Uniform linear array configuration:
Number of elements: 16
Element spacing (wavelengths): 0.5
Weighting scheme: hann
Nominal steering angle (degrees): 45
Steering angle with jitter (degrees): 43.941
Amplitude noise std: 0.05
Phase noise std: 0.05

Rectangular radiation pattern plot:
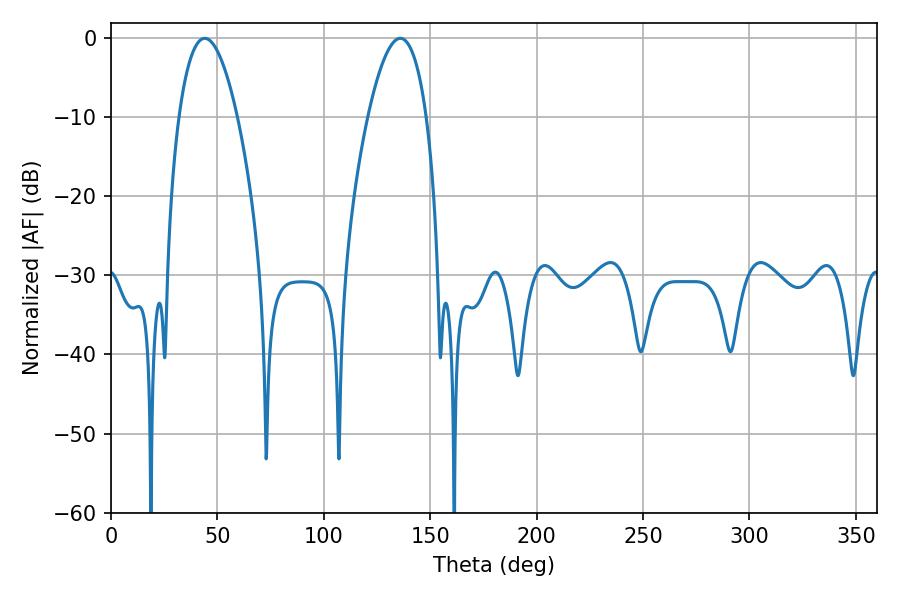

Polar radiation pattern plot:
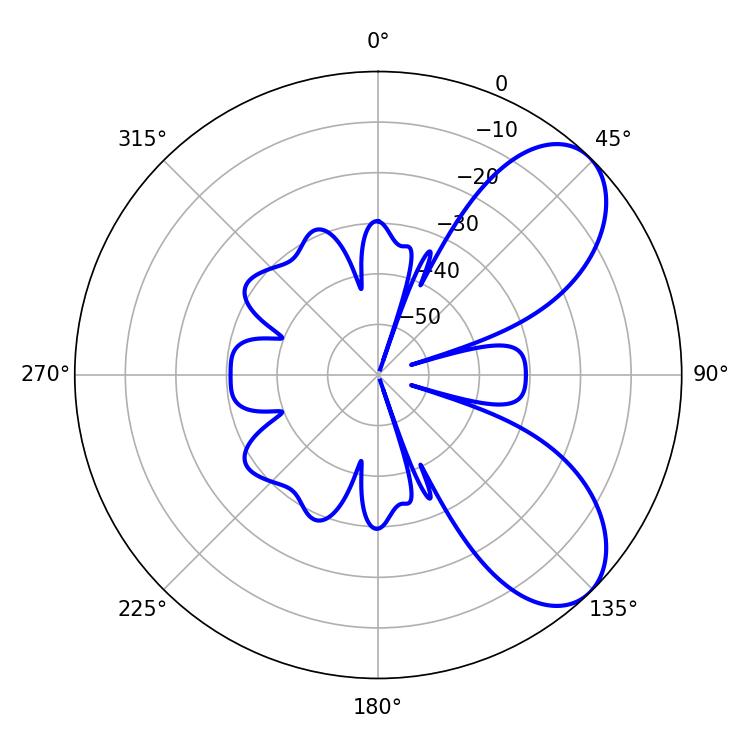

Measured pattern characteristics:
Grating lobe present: FALSE
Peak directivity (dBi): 7.027
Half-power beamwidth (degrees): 15.3
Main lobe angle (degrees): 44.1